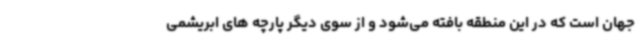
جهان است که در این منطقه بافته می‌شود و از سوی دیگر پارچه های ابریشمی